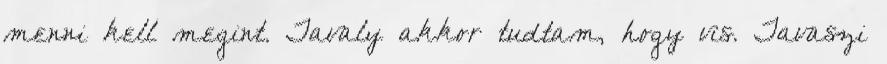
menni kell megint. Tavaly akkor tudtam, hogy vis. Tavaszi